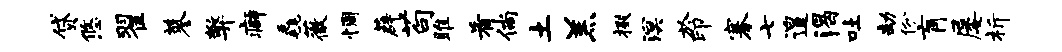
贷悠翟蓼弊癖毳薇惆薜苟雎肴倘土羔掇溟於印搴七遑渴吐劫份肓屡析